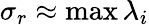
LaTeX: \sigma_{r}\approx\operatorname*{max}\lambda_{i}